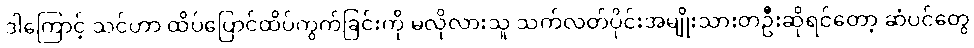
ဒါကြောင့် သင်ဟာ ထိပ်ပြောင်ထိပ်ကွက်ခြင်းကို မလိုလားသူ သက်လတ်ပိုင်းအမျိုးသားတဦးဆိုရင်တော့ ဆံပင်တွေ